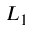
L _ { 1 }